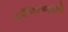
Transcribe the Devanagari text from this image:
कौण्डिन्यमुनिने